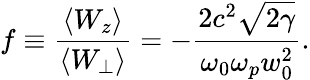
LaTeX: f\equiv\frac{\left\langle W_{z}\right\rangle}{\left\langle W_{\perp}\right\rangle}=-\frac{2c^{2}\sqrt{2\gamma}}{\omega_{0}\omega_{p}w_{0}^{2}}.